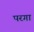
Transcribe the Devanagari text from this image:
परगा